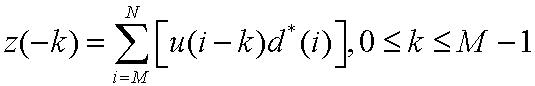
\[z(-k)=\sum_{i = M}^{N}\left[u(i - k)d^{*}(i)\right],0\leq k\leq M - 1\]